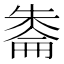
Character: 𪳔